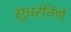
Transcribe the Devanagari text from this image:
सुधरविणे